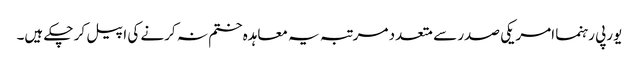
یورپی رہنما امریکی صدر سے متعدد مرتبہ یہ معاہدہ ختم نہ کرنے کی اپیل کر چکے ہیں۔